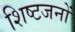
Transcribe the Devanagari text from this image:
शिष्टजनों